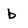
Character: b